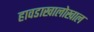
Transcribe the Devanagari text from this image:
हावडाखालोखाल